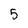
Character: 5